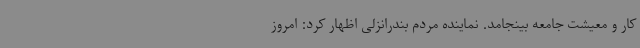
کار و معیشت جامعه بینجامد. نماینده مردم بندرانزلی اظهار کرد: امروز